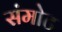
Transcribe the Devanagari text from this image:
संमोट